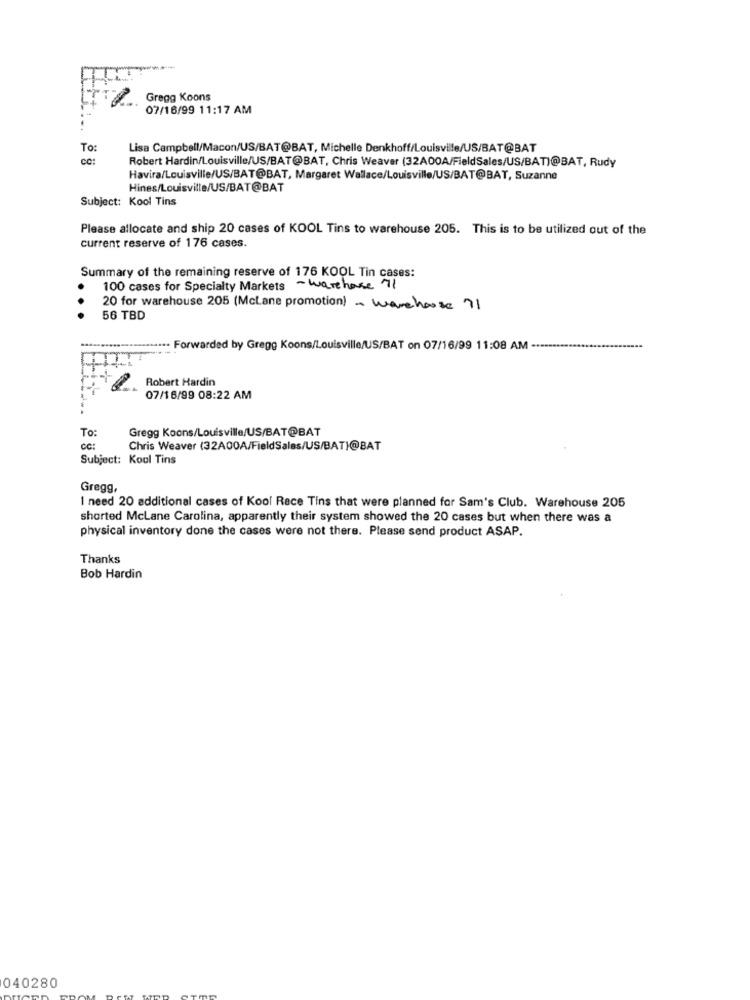
Gregg Koons
07/16/99 11:17 AM
To:
Lisa Campbell/Macon/US/BAT@BAT, Michelle Denkhoff/Louisville/US/BAT@BAT
CO:
Robert Hardin/Louisville/US/BAT@BAT, Chris Weaver (32A00A/FieldSales/US/BAT)@BAT, Rudy
Havira/Louisville/US/BAT@BAT, Margaret Wallace/Louisville/US/BAT@BAT, Suzanne
Hines/Louisville/US/BAT@BAT
Subject: Kool Tins
Please allocate and ship 20 cases of KOOL Tins to warehouse 205. This is to be utilized out of the
current reserve of 176 cases.
Summary of the remaining reserve of 176 KOOL Tin cases:
100 cases for Specialty Markets - Warehouse 71
..
20 for warehouse 205 (McLane promotion) - warehouse 71
56 TBD
.. Forwarded by Gregg Koons/Louisville/US/BAT on 07/16/99 11:08 AM -
Robert Hardin
07/16/99 08:22 AM
To:
Gregg Koons/Louisville/US/BAT@BAT
cc:
Chris Weaver (32A00A/FieldSales/US/BAT)@BAT
Subject: Kool Tins
Gregg,
I need 20 additional cases of Kool Race Tins that were planned for Sam's Club. Warehouse 205
shorted McLane Carolina, apparently their system showed the 20 cases but when there was a
physical inventory done the cases were not there. Please send product ASAP.
Thanks
Bob Hardin
040280